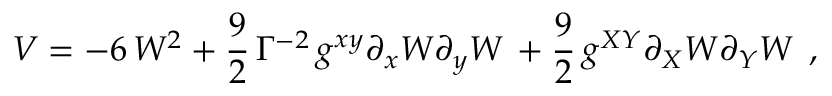
{ \cal V } = - 6 \, W ^ { 2 } + \frac { 9 } { 2 } \, \Gamma ^ { - 2 } \, g ^ { x y } \partial _ { x } W \partial _ { y } W \, + \frac { 9 } { 2 } \, g ^ { X Y } \partial _ { X } W \partial _ { Y } W \, \; ,